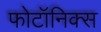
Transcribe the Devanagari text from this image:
फोटॉनिक्स